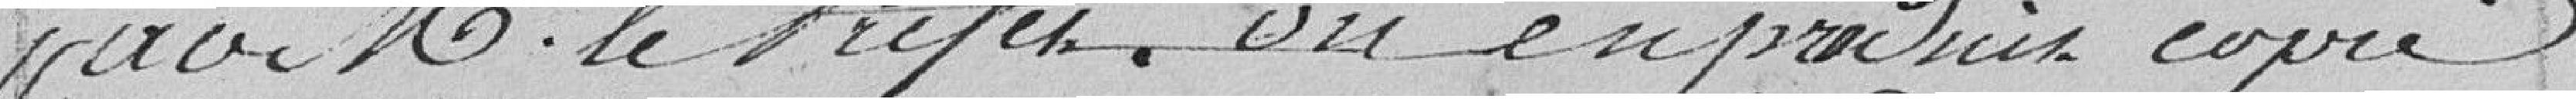
par Monsieur le Préfet. On en produit copie